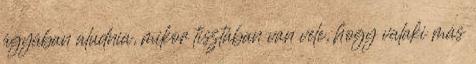
ágyában aludnia, mikor tisztában van vele, hogy valaki más